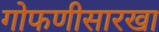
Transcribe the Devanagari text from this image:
गोफणीसारखा